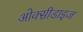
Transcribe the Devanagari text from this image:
ओक्सीडाइज